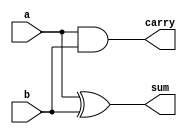
`timescale 1ns / 1ps 
 
////////////////////////////////////////////////////////////////////////////////// 
// //  
// Design Name:    	Multiplier 
// Module Name:    	wallace_multiplier  
// Project Name:   	MULTIPLIERS 
// Tool versions:  	DC 2007.03 
// Description:  		Wallace tree multiplier built using full adders and                      
//     					half adders  
// 
// Dependencies: 		FULL_ADDER verilog code 
// 
// Revision:  
// 
////////////////////////////////////////////////////////////////////////////////// 
 

module HALF_ADDER(output sum, carry, input a, b); 
 
assign   sum = a ^ b  ; 
assign carry = (a & b); 
						 
endmodule 

module FULL_ADDER(output sum, carry, input a, b, cin); 
 
assign   sum = a ^ b ^ cin ; 
assign carry = (a & b) | (b & cin) | (cin & a); 
						 
endmodule 





module wallace_multiplier(output reg [15:0] product, input [7:0] multiplicand, multiplier, input clock, clear); 
 
integer i, j ; 
wire [63:0] s ,c ;                  // -- the signals which will carry the intermediate values  
reg p [7:0][7:0];                  //                            -- array which stores the partial products 
 
 
always@(multiplier, multiplicand) 
begin 
 
// creating the partial products. 
 
		for (i = 0; i <= 7; i = i + 1) 
				for (j = 0; j <= 7; j = j + 1) 
							p[j][i] <= multiplicand[j] & multiplier[i];	 
			 
		 
/* all the partial products have been obtained and stored in a array of 8 X 8 matrix. 
		-- 																			a7 a6 a5 a4 a3 a2 a1 a0  
		--					 															b7 b6 b5 b4 b3 b2 b1 b0 
																					----------------------------- 
		--									  	  	  	  		  a7b0 a6b0 a5b0 a4b0 a3b0 a2b0 a1b0 a0b0   -- 
		--												   a7b1 a6b1 a5b1 a4b1 a3b1 a2b1 a1b1 a0b1	       | 
		-- 					 	    	 		 a7b2 a6b2 a5b2 a4b2 a3b2 a2b2 a1b2 a0b2					 | 
		-- 			        	  		  a7b3 a6b3 a5b3 a4b3 a3b3 a2b3 a1b3 a0b3                    | 
		-- 		      			a7b4 a6b4 a5b4 a4b4 a3b4 a2b4 a1b4 a0b4                         |-- Stored in array p 
		--        	 		 a7b5 a6b5 a5b5 a4b5 a3b5 a2b5 a1b5 a0b5                              | 
		--   	  		  a7b6 a6b6 a5b6 a4b6 a3b6 a2b6 a1b6 a0b6                                   | 
		-- 		a7b7 a6b7 a5b7 a4b7 a3b7 a2b7 a1b7 a0b7                                      __| 
		-------------------------------------------------------------------------------------- 
*/ 
end 
 
 
/*-- first stage of wallace tree multiplier, first set of three rows are identified 
--										  	  		  a7b0 a6b0 a5b0 a4b0 a3b0 a2b0 a1b0 a0b0    
--									         a7b1 a6b1 a5b1 a4b1 a3b1 a2b1 a1b1 a0b1	      
-- 					 	  	 		 a7b2 a6b2 a5b2 a4b2 a3b2 a2b2 a1b2 a0b2					 
--------------------------------------------------------------------------------- 
--                             a7b2 s(7) s(6) s(5) s(4) s(3) s(2) s(1) s(0) a0b0( which is stored in p(0)(0) 
--                             c(7) c(6) c(5) c(4) c(3) c(2) c(1) c(0) 
--------------------------------------------------------------------------------- 
*/ 
 
HALF_ADDER ha_11 ( .sum(s[0]), .carry(c[0]), .a(p[1][0]), .b( p[0][1])                 );  
FULL_ADDER fa_11 ( .sum(s[1]), .carry(c[1]), .a(p[2][0]), .b( p[1][1]), .cin( p[0][2]) ); 
FULL_ADDER fa_12 ( .sum(s[2]), .carry(c[2]), .a(p[3][0]), .b( p[2][1]), .cin( p[1][2]) ); 
FULL_ADDER fa_13 ( .sum(s[3]), .carry(c[3]), .a(p[4][0]), .b( p[3][1]), .cin( p[2][2]) ); 
FULL_ADDER fa_14 ( .sum(s[4]), .carry(c[4]), .a(p[5][0]), .b( p[4][1]), .cin( p[3][2]) ); 
FULL_ADDER fa_15 ( .sum(s[5]), .carry(c[5]), .a(p[6][0]), .b( p[5][1]), .cin( p[4][2]) ); 
FULL_ADDER fa_16 ( .sum(s[6]), .carry(c[6]), .a(p[7][0]), .b( p[6][1]), .cin( p[5][2]) );  
HALF_ADDER ha_12 ( .sum(s[7]), .carry(c[7]),              .a( p[7][1]), .b  ( p[6][2]) ); 
 
/* 
-- first stage of wallace tree multiplier, second set of three rows are added 
-- 			        	  		      a7b3   a6b3   a5b3   a4b3   a3b3   a2b3   a1b3   a0b3      
-- 		      			  a7b4   a6b4   a5b4   a4b4   a3b4   a2b4   a1b4   a0b4            
--        	 		 a7b5   a6b5   a5b5   a4b5   a3b5   a2b5   a1b5   a0b5   
--------------------------------------------------------------------- 
--                 a7b5   s(15)  s(14)  s(13)  s(12)  s(11)  s(10)  s(9)   s(8)   a0b3 
--                 c(15)  c(14)  c(13)  c(12)  c(11)  c(10)  c(9)   c(8) 
*/ 
 
HALF_ADDER ha_21 ( .sum( s[8] ), .carry( c[8 ]), .a( p[1][3]), .b( p[0][4])                 );  
FULL_ADDER fa_21 ( .sum( s[9] ), .carry( c[9 ]), .a( p[2][3]), .b( p[1][4]), .cin( p[0][5]) ); 
FULL_ADDER fa_22 ( .sum( s[10]), .carry( c[10]), .a( p[3][3]), .b( p[2][4]), .cin( p[1][5]) ); 
FULL_ADDER fa_23 ( .sum( s[11]), .carry( c[11]), .a( p[4][3]), .b( p[3][4]), .cin( p[2][5]) ); 
FULL_ADDER fa_24 ( .sum( s[12]), .carry( c[12]), .a( p[5][3]), .b( p[4][4]), .cin( p[3][5]) ); 
FULL_ADDER fa_25 ( .sum( s[13]), .carry( c[13]), .a( p[6][3]), .b( p[5][4]), .cin( p[4][5]) ); 
FULL_ADDER fa_26 ( .sum( s[14]), .carry( c[14]), .a( p[7][3]), .b( p[6][4]), .cin( p[5][5]) );  
HALF_ADDER ha_22 ( .sum( s[15]), .carry( c[15]),               .a( p[7][4]), .b  ( p[6][5]) ); 
 
/* 
-- second stage of wallace tree multiplier where results of first stage are added with the  
-- remaining rows from first stage. 
--                              a7b2  s(7)  s(6)  s(5)  s(4) s(3) s(2) s(1) s(0) a0b0 
--                              c(7)  c(6)  c(5)  c(4)  c(3) c(2) c(1) c(0) 
--            a7b5  s(15) s(14) s(13) s(12) s(11) s(10) s(9) s(8) a0b3 
--            c(15) c(14) c(13) c(12) c(11) c(10) c(9)  c(8) 
-- 	  a7b6  a6b6  a5b6  a4b6  a3b6  a2b6  a1b6  a0b6                                    
-- a7b7 a6b7  a5b7  a4b7  a3b7  a2b7  a1b7  a0b7                                       
------------------------------------------------------------------------------------------- 
 
-- first set of three rows are added in the second stage 
--                              a7b2  s(7)  s(6)  s(5)  s(4)  s(3)  s(2)  s(1)  s(0)  a0b0 
--                              c(7)  c(6)  c(5)  c(4)  c(3)  c(2)  c(1)  c(0) 
--            a7b5  s(15) s(14) s(13) s(12) s(11) s(10) s(9)  s(8)  a0b3 
------------------------------------------------------------------------------------------- 
--            a7b5  s(15) s(14) s(23) s(22) s(21) s(20) s(19) s(18) s(17) s(16) s(0) a0b0 
--                        c(23) c(22) c(21) c(20) c(19) c(18) c(17) c(16) 
*/ 
 
HALF_ADDER ha_31 ( .sum( s[16]), .carry( c[16]), .a( c[0])   , .b ( s[1])                     );  
FULL_ADDER fa_31 ( .sum( s[17]), .carry( c[17]), .a( c[1])   , .b ( s[2])   , .cin ( p[0][3]) ); 
FULL_ADDER fa_32 ( .sum( s[18]), .carry( c[18]), .a( c[2])   , .b ( s[3])   , .cin ( s[8] )   ); 
FULL_ADDER fa_33 ( .sum( s[19]), .carry( c[19]), .a( c[3])   , .b ( s[4])   , .cin ( s[9] )   ); 
FULL_ADDER fa_34 ( .sum( s[20]), .carry( c[20]), .a( c[4])   , .b ( s[5])   , .cin ( s[10])   ); 
FULL_ADDER fa_35 ( .sum( s[21]), .carry( c[21]), .a( c[5])   , .b ( s[6])   , .cin ( s[11])   ); 
FULL_ADDER fa_36 ( .sum( s[22]), .carry( c[22]), .a( c[6])   , .b ( s[7])   , .cin ( s[12])   );  
FULL_ADDER fa_37 ( .sum( s[23]), .carry( c[23]), .a( c[7])   , .b ( p[7][2]), .cin ( s[13])   ); 
 
 
/* 
-- second set of three rows are added next 
--    		      c(15) c(14) c(13) c(12) c(11) c(10) c(9)  c(8) 
-- 		   a7b6  a6b6  a5b6  a4b6  a3b6  a2b6  a1b6  a0b6                                    
--	 	a7b7  a6b7  a5b7  a4b7  a3b7  a2b7  a1b7  a0b7      
---------------------------------------------------------------------																			 
--    a7b7  s(31) s(30) s(29) s(28) s(27) s(26) s(25) s(24) c(8) 
--    c(31) c(30) c(29) c(28) c(27) c(26) c(25) c(24)    
*/ 
 
HALF_ADDER ha_41 ( .sum( s[24]), .carry( c[24]), .a( c[9] )  , .b( p[0][6])                 );  
FULL_ADDER fa_41 ( .sum( s[25]), .carry( c[25]), .a( c[10])  , .b( p[1][6]), .cin( p[0][7]) ); 
FULL_ADDER fa_42 ( .sum( s[26]), .carry( c[26]), .a( c[11])  , .b( p[2][6]), .cin( p[1][7]) ); 
FULL_ADDER fa_43 ( .sum( s[27]), .carry( c[27]), .a( c[12])  , .b( p[3][6]), .cin( p[2][7]) ); 
FULL_ADDER fa_44 ( .sum( s[28]), .carry( c[28]), .a( c[13])  , .b( p[4][6]), .cin( p[3][7]) ); 
FULL_ADDER fa_45 ( .sum( s[29]), .carry( c[29]), .a( c[14])  , .b( p[5][6]), .cin( p[4][7]) ); 
FULL_ADDER fa_46 ( .sum( s[30]), .carry( c[30]), .a( c[15])  , .b( p[6][6]), .cin( p[5][7]) );  
HALF_ADDER fa_47 ( .sum( s[31]), .carry( c[31]),               .a( p[7][6]), .b  ( p[6][7]) ); 
 
/* 
-- All the initial partial products have now been added the intermediate sum and carrys are to be added now 
-- This is the third stage of wallace tree multiplication which consists of 4 rows 
--            			a7b5  s(15) s(14) s(23) s(22) s(21) s(20) s(19) s(18) s(17) s(16) s(0) a0b0 
--                        			c(23) c(22) c(21) c(20) c(19) c(18) c(17) c(16) 
--    	a7b7  s(31) s(30) s(29) s(28) s(27) s(26) s(25) s(24) c(8) 
--    	c(31) c(30) c(29) c(28) c(27) c(26) c(25) c(24)  
----------------------------------------------------------------------------------------------------------- 
 
-- the first set of rows for addition are identified 
--            			a7b5  s(15) s(14) s(23) s(22) s(21) s(20) s(19) s(18) s(17) s(16) s(0) a0b0 
--                        			c(23) c(22) c(21) c(20) c(19) c(18) c(17) c(16) 
--    	a7b7  s(31) s(30) s(29) s(28) s(27) s(26) s(25) s(24) c(8) 
----------------------------------------------------------------------------------------------------------- 
--       a7b7  s(31) s(41) s(40) s(39) s(38) s(37) s(36) s(35) s(34) s(33) s(32) s(16) s(0) a0b0 
--             c(41) c(40) c(39) c(38) c(37) c(36) c(35) c(34) c(33) c(32) 
*/ 
 
HALF_ADDER ha_51 ( .sum( s[32]), .carry( c[32]), .a( s[17])  , .b( c[16])                   );  
HALF_ADDER fa_51 ( .sum( s[33]), .carry( c[33]), .a( s[18])  , .b( c[17])                   );  
FULL_ADDER fa_52 ( .sum( s[34]), .carry( c[34]), .a( s[19])  , .b( c[18]), .cin( c[8] )     );  
FULL_ADDER fa_53 ( .sum( s[35]), .carry( c[35]), .a( s[20])  , .b( c[19]), .cin( s[24])     );  
FULL_ADDER fa_54 ( .sum( s[36]), .carry( c[36]), .a( s[21])  , .b( c[20]), .cin( s[25])     );  
FULL_ADDER fa_55 ( .sum( s[37]), .carry( c[37]), .a( s[22])  , .b( c[21]), .cin( s[26])     );  
FULL_ADDER fa_56 ( .sum( s[38]), .carry( c[38]), .a( s[23])  , .b( c[22]), .cin( s[27])     );  
FULL_ADDER fa_57 ( .sum( s[39]), .carry( c[39]), .a( s[14])  , .b( c[23]), .cin( s[28])     );  
HALF_ADDER ha_52 ( .sum( s[40]), .carry( c[40]), .a( s[15])  ,             .b  ( s[29])     );  
HALF_ADDER ha_53 ( .sum( s[41]), .carry( c[41]), .a( p[7][5]),             .b  ( s[30])     );  
 
/* 
-- The fourth stage of wallace tree multiplication where the results of fourth stage and remaining rows  
-- of fourth stage are added 
-- 
--       a7b7  s(31) s(41) s(40) s(39) s(38) s(37) s(36) s(35) s(34) s(33) s(32) s(16) s(0) a0b0 
--             c(41) c(40) c(39) c(38) c(37) c(36) c(35) c(34) c(33) c(32) 
--    	c(31) c(30) c(29) c(28) c(27) c(26) c(25) c(24)  
-------------------------------------------------------------------------------------------------------- 
--       s(52) s(51) s(50) s(49) s(48) s(47) s(46) s(45) s(44) s(43) s(42) s(32) s(16) s(0) a0b0 
-- c(52) c(51) c(50) c(49) c(48) c(47) c(46) c(45) c(44) c(43) c(42) 
*/ 
 
 
HALF_ADDER ha_61 ( .sum( s[42]), .carry( c[42]), .a( s[33])  , .b( c[32])                   ); 
HALF_ADDER ha_62 ( .sum( s[43]), .carry( c[43]), .a( s[34])  , .b( c[33])                   ); 
HALF_ADDER ha_63 ( .sum( s[44]), .carry( c[44]), .a( s[35])  , .b( c[34])                   ); 
FULL_ADDER fa_61 ( .sum( s[45]), .carry( c[45]), .a( s[36])  , .b( c[35]), .cin( c[24])     );  
FULL_ADDER fa_62 ( .sum( s[46]), .carry( c[46]), .a( s[37])  , .b( c[36]), .cin( c[25])     );  
FULL_ADDER fa_63 ( .sum( s[47]), .carry( c[47]), .a( s[38])  , .b( c[37]), .cin( c[26])     );  
FULL_ADDER fa_64 ( .sum( s[48]), .carry( c[48]), .a( s[39])  , .b( c[38]), .cin( c[27])     );  
FULL_ADDER fa_65 ( .sum( s[49]), .carry( c[49]), .a( s[40])  , .b( c[39]), .cin( c[28])     );  
FULL_ADDER fa_66 ( .sum( s[50]), .carry( c[50]), .a( s[41])  , .b( c[40]), .cin( c[29])     );  
FULL_ADDER fa_67 ( .sum( s[51]), .carry( c[51]), .a( s[31])  , .b( c[41]), .cin( c[30])     );  
HALF_ADDER ha_64 ( .sum( s[52]), .carry( c[52]), .a( p[7][7]),             .b  ( c[31])     ); 
 
// Final stage of wallace tree multiplication where all the results of fourth stage are added and results obtained 
 
HALF_ADDER ha_71 ( .sum( s[53]), .carry( c[53]), .a( s[43])  , .b( c[42])                  ); 
FULL_ADDER fa_71 ( .sum( s[54]), .carry( c[54]), .a( s[44])  , .b( c[43]), .cin ( c[53])   ); 
FULL_ADDER fa_72 ( .sum( s[55]), .carry( c[55]), .a( s[45])  , .b( c[44]), .cin ( c[54])   ); 
FULL_ADDER fa_73 ( .sum( s[56]), .carry( c[56]), .a( s[46])  , .b( c[45]), .cin ( c[55])   ); 
FULL_ADDER fa_74 ( .sum( s[57]), .carry( c[57]), .a( s[47])  , .b( c[46]), .cin ( c[56])   ); 
FULL_ADDER fa_75 ( .sum( s[58]), .carry( c[58]), .a( s[48])  , .b( c[47]), .cin ( c[57])   ); 
FULL_ADDER fa_76 ( .sum( s[59]), .carry( c[59]), .a( s[49])  , .b( c[48]), .cin ( c[58])   ); 
FULL_ADDER fa_77 ( .sum( s[60]), .carry( c[60]), .a( s[50])  , .b( c[49]), .cin ( c[59])   ); 
FULL_ADDER fa_78 ( .sum( s[61]), .carry( c[61]), .a( s[51])  , .b( c[50]), .cin ( c[60])   ); 
FULL_ADDER fa_79 ( .sum( s[62]), .carry( c[62]), .a( s[52])  , .b( c[51]), .cin ( c[61])   ); 
HALF_ADDER ha_72 ( .sum( s[63]), .carry( c[63]),               .a( c[52]), .b   ( c[62])   ); 
  
// The result of last stage is concatenated with the direct outputs of previous stages and  
// Multiplier product is obtained 
 
always@(posedge clock, negedge clear) 
if(!clear) product <= 16'b0; 
else product <= {s[63 : 53],s[42],s[32],s[16],s[0],p[0][0]}; 
 
endmodule